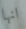
انها